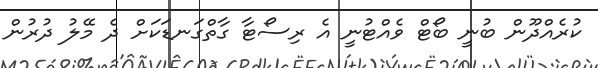
ކުރެއްދޫން ބުނީ ބޯޓް ވެއްޓުނީ އެ ރިސޯޓާ ގާތްގަނޑަކަށް ދެ މޭލު ދުރުން